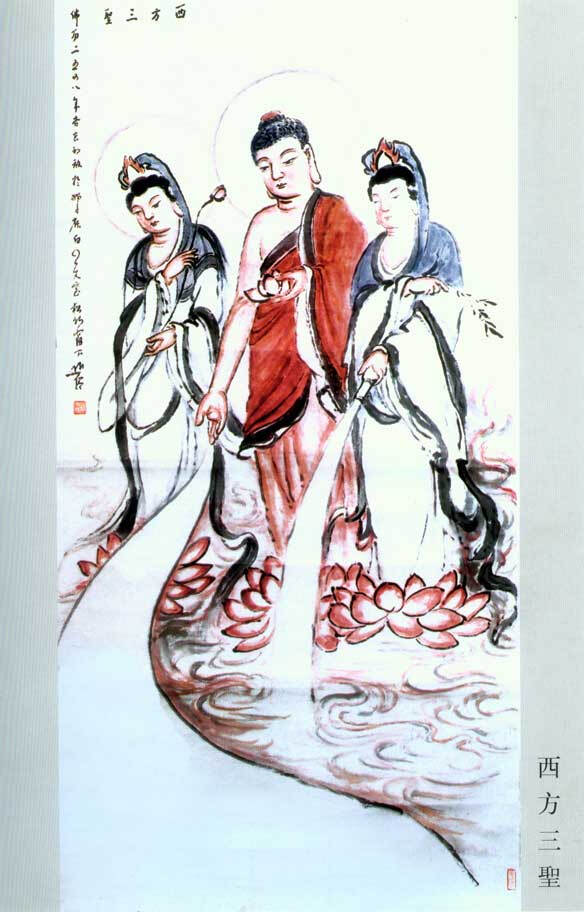
凡知说，有益于理者，为之无益于理者，舍之。